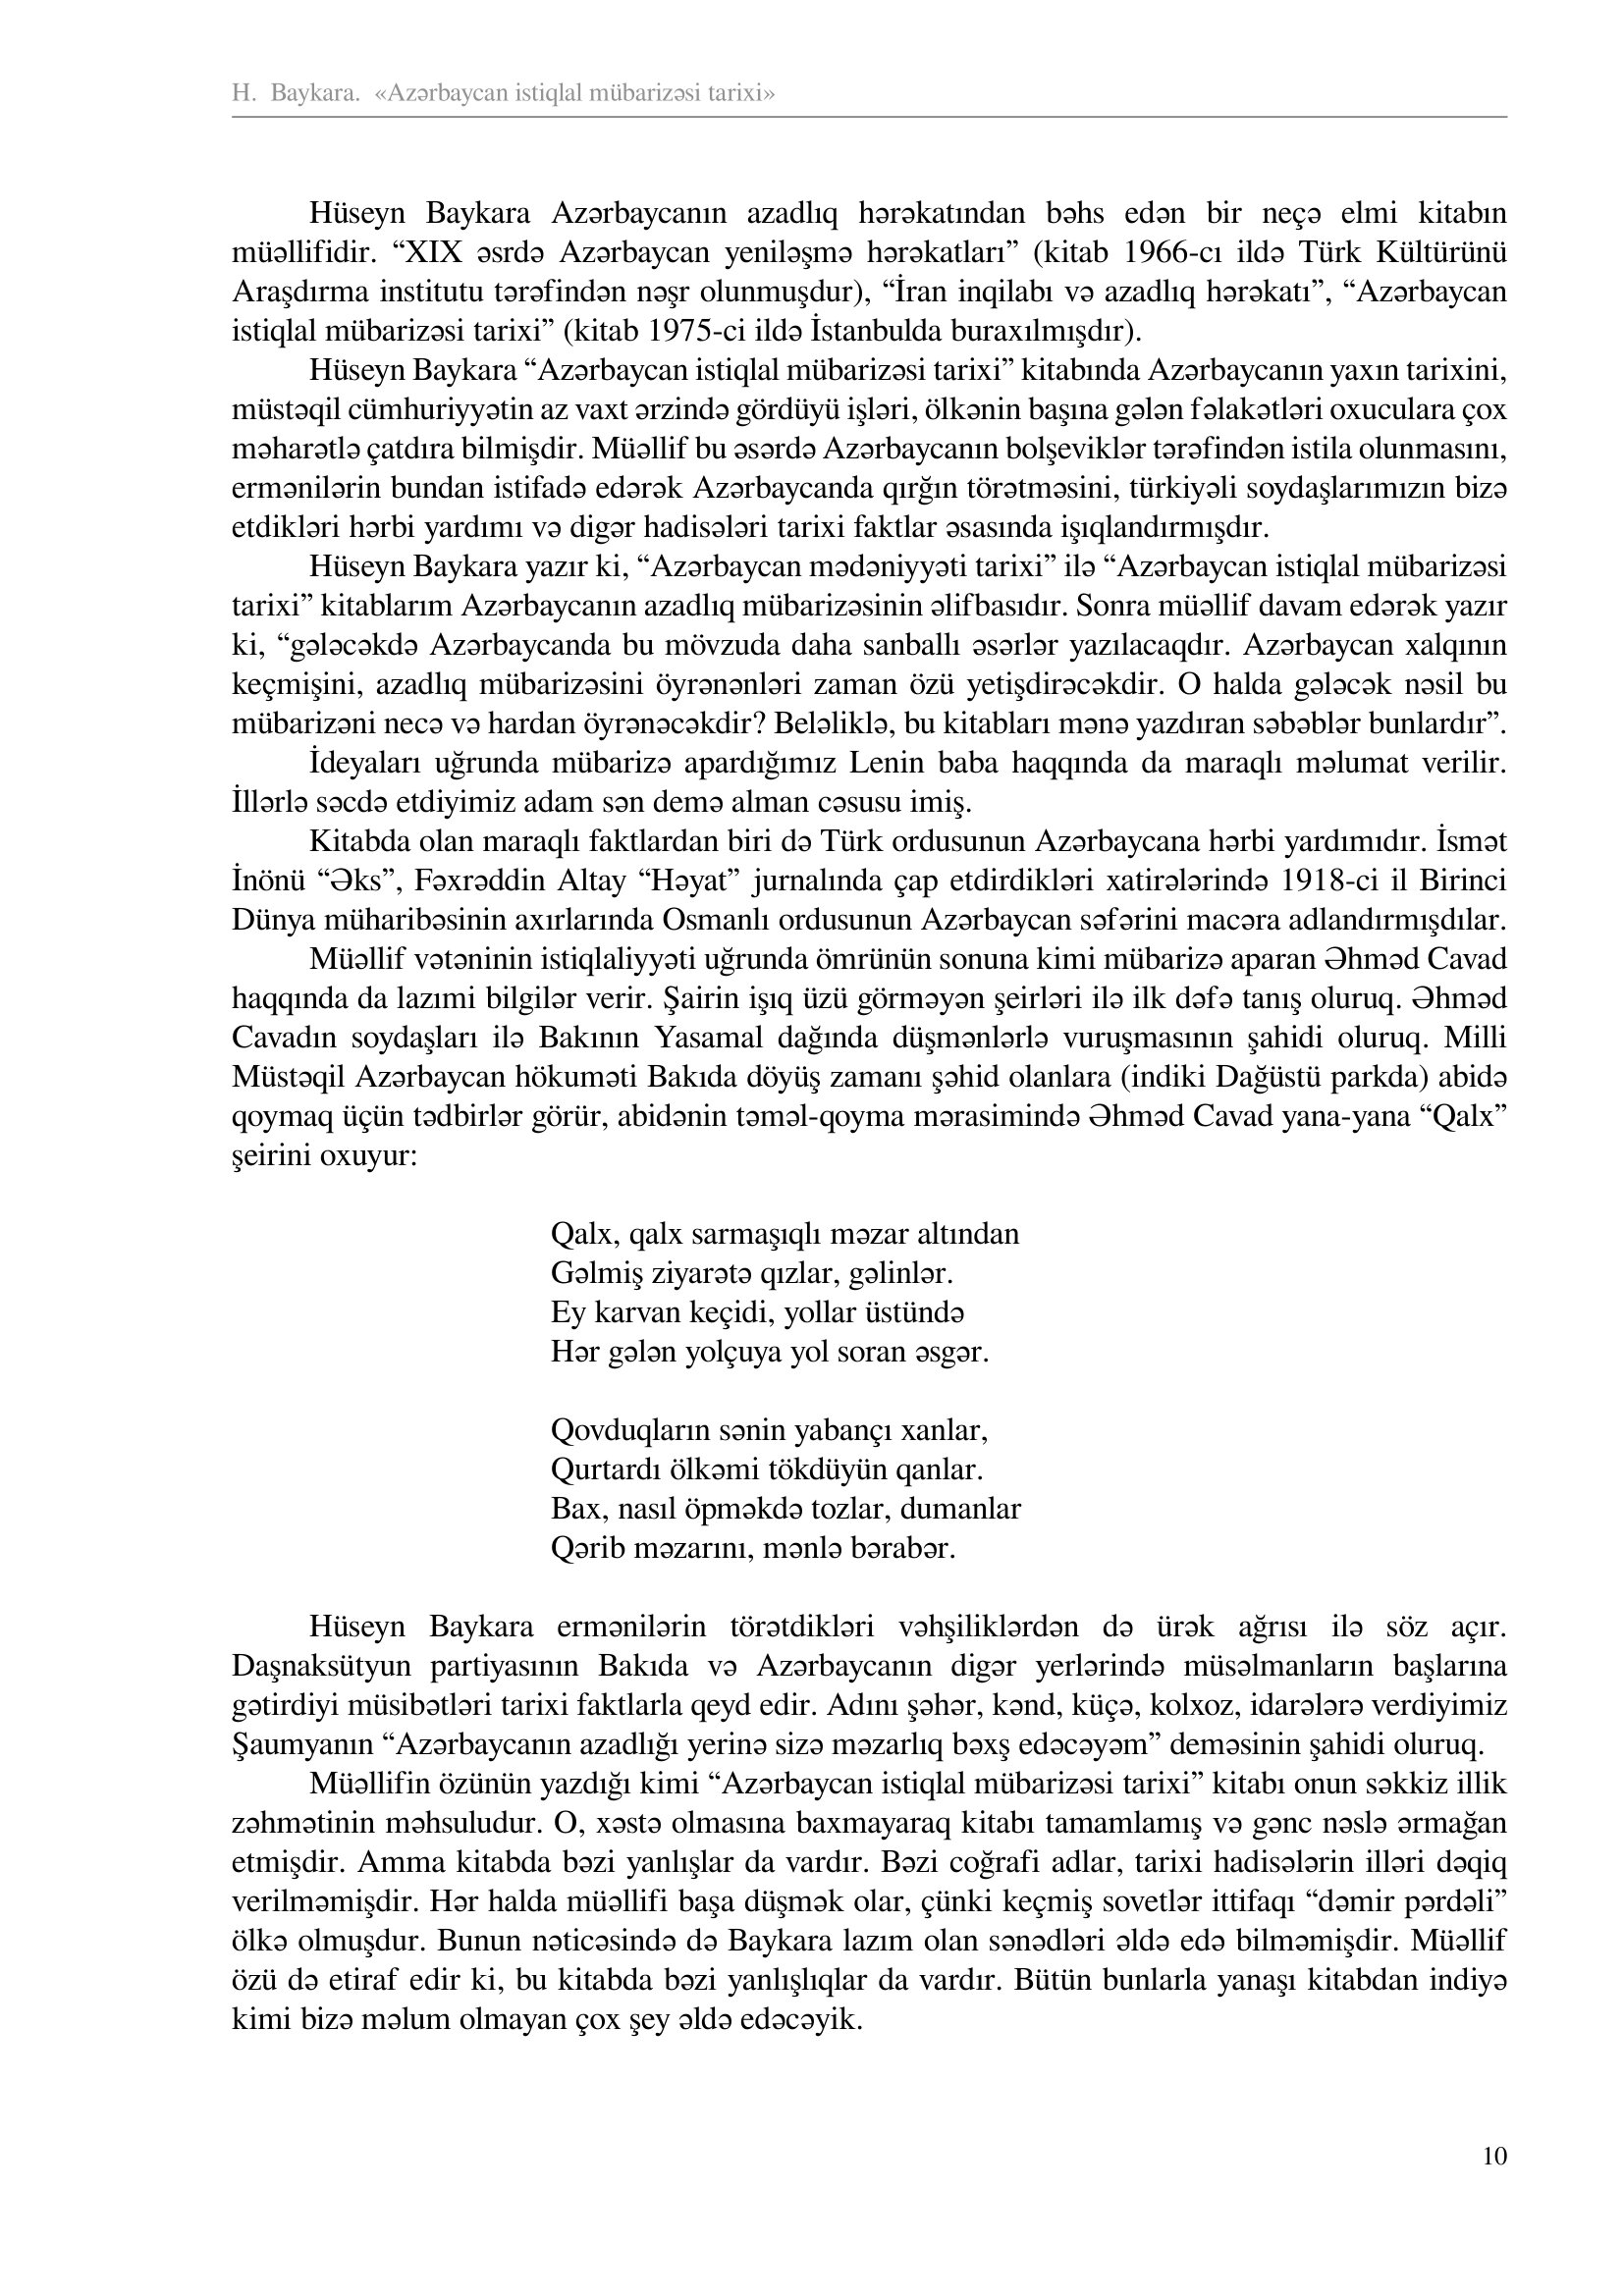
Language: az